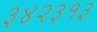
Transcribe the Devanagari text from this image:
३४२३१३